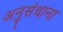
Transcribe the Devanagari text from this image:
अनुसंधाना